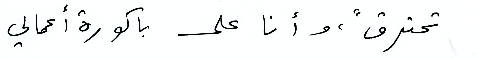
تحترق"، وأنا على باكورة أعمالي